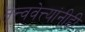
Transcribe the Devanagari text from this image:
तत्त्ववेत्त्यांनीही